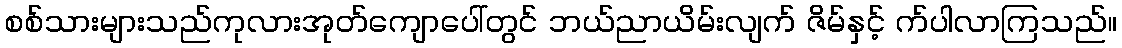
စစ်သားများသည်ကုလားအုတ်ကျောပေါ်တွင် ဘယ်ညာယိမ်းလျက် ဇိမ်နှင့် က်ပါလာကြသည်။